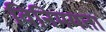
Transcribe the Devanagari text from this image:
विनिमयता